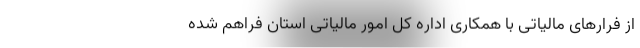
از فرارهای مالیاتی با همکاری اداره کل امور مالیاتی استان فراهم شده